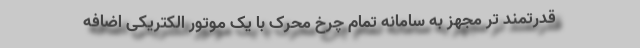
قدرتمند تر مجهز به سامانه تمام چرخ محرک با یک موتور الکتریکی اضافه